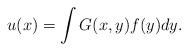
LaTeX: \begin{align*} u(x) = \int G(x, y) f(y) dy .\end{align*}